Vaccination North-Western Provinces 1866-1877 - 1866-1877
Year: 1866
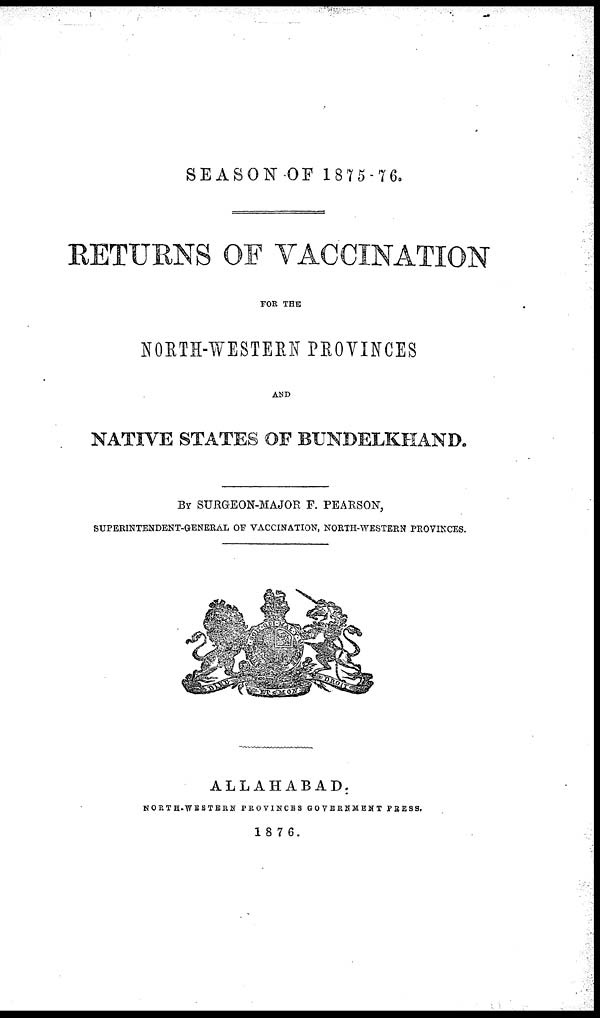
SEASON-OF 1875-76.
RETURNS OF VACCINATION
FOR THE
NORTH-WESTERN PROVINCES
AND
NATIVE STATES OF BUNDELKHAND.
BY SURGEON-MAJOR F. PEARSON,
SUPERINTENDENT-GENERAL OF VACCINATION, NORTH-WESTERN PROVINCES.
ALLAHABAD.
NORTH-WESTERN PROVINCES GOVERNMENT PRESS.
1876.